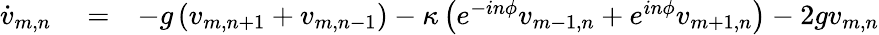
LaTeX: \begin{array}{rlr}{\dot{v}_{m,n}}&{{}=}&{-g\left(v_{m,n+1}+v_{m,n-1}\right)-\kappa\left(e^{-in\phi}v_{m-1,n}+e^{in\phi}v_{m+1,n}\right)-2gv_{m,n}}\end{array}